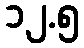
၁၂.၅